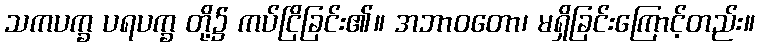
သကပက္ခ ပရပက္ခ တို့၌ ကပ်ငြိခြင်း၏။ အဘာဝတော၊ မရှိခြင်းကြောင့်တည်း။